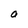
Character: O